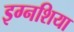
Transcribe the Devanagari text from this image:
इग्नशिया